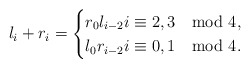
\begin{align*} l_i+r_i=\begin{cases} r_0l_{i-2} i\equiv2,3 \mod 4,\\ l_0r_{i-2} i\equiv0,1 \mod 4. \end{cases} \end{align*}